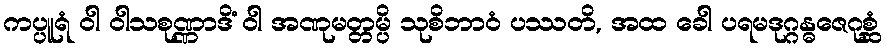
ကပ္ပူရံ ဝါ ဝါသစုဏ္ဏာဒိံ ဝါ အဏုမတ္တမ္ပိ သုစိဘာဝံ ပဿတိ, အထ ခေါ ပရမဒုဂ္ဂန္ဓဇေဂုစ္ဆံ